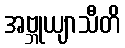
အဗ္ဘုယျာသီတိ